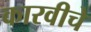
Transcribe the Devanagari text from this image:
कारवीचे